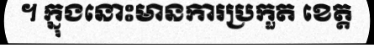
។ ក្នុងនោះមានការប្រកួត ខេត្ត